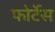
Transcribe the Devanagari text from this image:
फोर्टेस